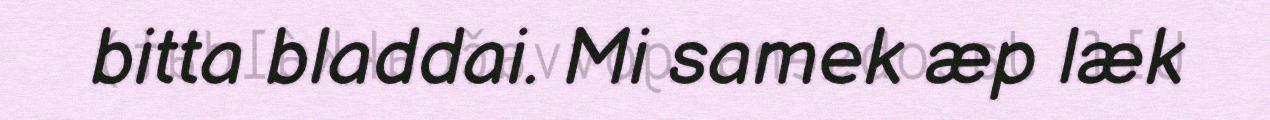
bitta bladdai. Mi samek æp læk